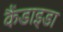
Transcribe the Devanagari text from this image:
कैंडाइडा